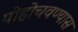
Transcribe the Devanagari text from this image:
पोहोचवण्यास